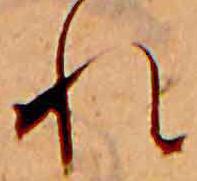
れ